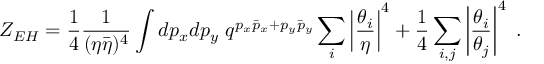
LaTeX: Z _ { E H } = { \frac { 1 } { 4 } } { \frac { 1 } { ( \eta \bar { \eta } ) ^ { 4 } } } \int d p _ { x } d p _ { y } \, \, q ^ { p _ { x } \bar { p } _ { x } + p _ { y } \bar { p } _ { y } } \sum _ { i } \left| { \frac { \theta _ { i } } { \eta } } \right| ^ { 4 } + { \frac { 1 } { 4 } } \sum _ { i , j } \left| { \frac { \theta _ { i } } { \theta _ { j } } } \right| ^ { 4 } \, \, .